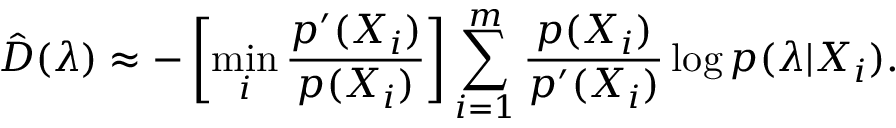
\hat { D } ( \boldsymbol { \lambda } ) \approx - \left[ \operatorname* { m i n } _ { i } \frac { p ^ { \prime } ( X _ { i } ) } { p ( X _ { i } ) } \right] \sum _ { i = 1 } ^ { m } \frac { p ( X _ { i } ) } { p ^ { \prime } ( X _ { i } ) } \log p ( \boldsymbol { \lambda } | X _ { i } ) .